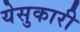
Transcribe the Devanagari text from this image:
येसुकारी